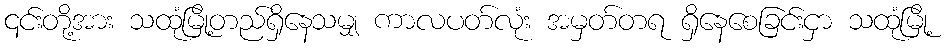
၎င်းတို့အား သထုံမြို့တည်ရှိနေသမျှ ကာလပတ်လုံး အမှတ်တရ ရှိနေစေခြင်းငှာ သထုံမြို့